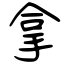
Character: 拿